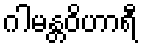
ဂါမန္တဝိဟာရီ